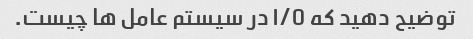
توضیح دهید که I/O در سیستم عامل ها چیست.